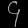
Digit: ၄